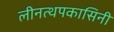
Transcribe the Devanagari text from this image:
लीनत्थपकासिनी